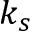
k _ { s }